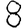
Digit: 8